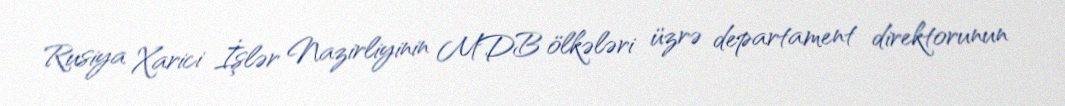
Rusiya Xarici İşlər Nazirliyinin MDB ölkələri üzrə departament direktorunun